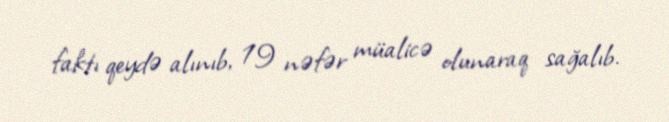
faktı qeydə alınıb, 19 nəfər müalicə olunaraq sağalıb.